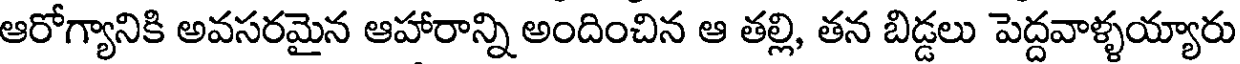
ఆరోగ్యానికి అవసరమైన ఆహారాన్ని అందించిన ఆ తల్లి, తన బిడ్డలు పెద్దవాళ్ళయ్యారు